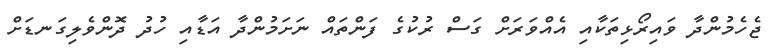
ޖެހެމުންދާ ވައިރޯޅިތަކާއި އެއްވަރަށް ގަސް ރުކުގެ ފަންތައް ނަށަމުންދާ އަޑާއި ހުދު ދޮންވެލިގަނޑަށް